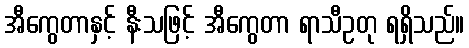
အီကွေတာနှင့် နီးသဖြင့် အီကွေတာ ရာသီဥတု ရရှိသည်။